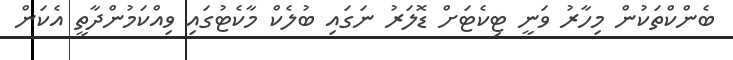
ބެންކްތަކުން މިހާރު ވަނީ ޓިކެޓަށް ޑޮލަރު ނަގައި ބުލެކް މާކެޓުގައި ވިއްކަމުންދާތީ އެކަން